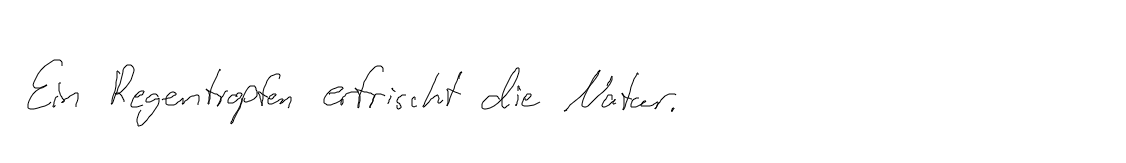
Ein Regentropfen erfrischt die Natur.